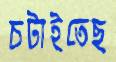
চটাইতেছ